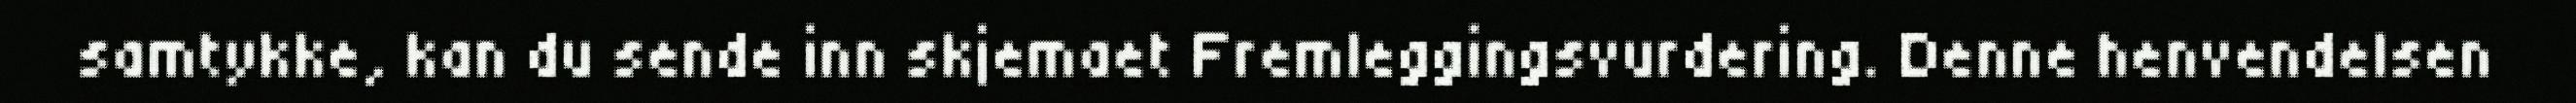
samtykke, kan du sende inn skjemaet Fremleggingsvurdering. Denne henvendelsen